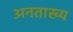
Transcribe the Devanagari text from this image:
अनताख्य